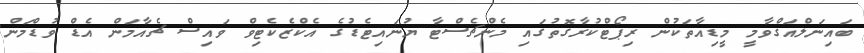
ބައިނަލްއަގްވާމީ މީޑިއާތަކުން ރިޕޯޓްކުރާގޮތުގައި މެންޗެސްޓާ ޔުނައިޓެޑުގެ އެކްޒެކެޓިވް ވައިސް ޗެއާމަން އެޑް ވުޑްމަން